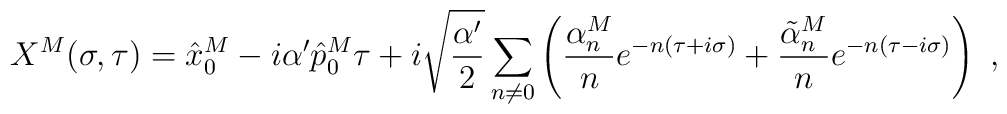
X^{M}(\sigma,\tau)=\hat{x}_{0}^{M}-i\alpha'\hat{p}_{0}^{M}\tau+i\sqrt{\frac{\alpha'}{2}}  \sum_{n\neq 0}\left(\frac{\alpha^{M}_{n}}{n}e^{-n(\tau+i\sigma)}+      \frac{\tilde{\alpha}^{M}_{n}}{n}e^{-n(\tau-i\sigma)}\right)~,